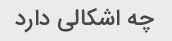
چه اشکالی دارد